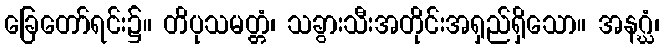
ခြေတော်ရင်း၌။ တိပုသမတ္တံ၊ သခွားသီးအတိုင်းအရှည်ရှိသော။ အနဂ္ဃံ၊